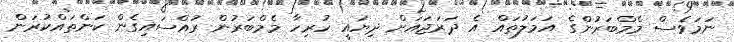
ނަމަވެސް މެމްބަރުންގެ އަމަލުތައް އެ ދަރަޖައަށް ދިޔައީ ހުރިހާ މެމްބަރުން ރުއްސައިގެން ކަންތައްކުރަން